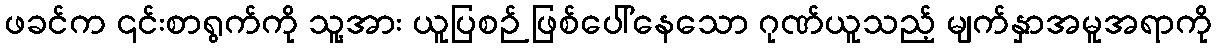
ဖခင်က ၎င်းစာရွက်ကို သူ့အား ယူပြစဉ် ဖြစ်ပေါ်နေသော ဂုဏ်ယူသည့် မျက်နှာအမူအရာကို